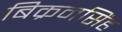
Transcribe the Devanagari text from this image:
बिक्रमसिंह